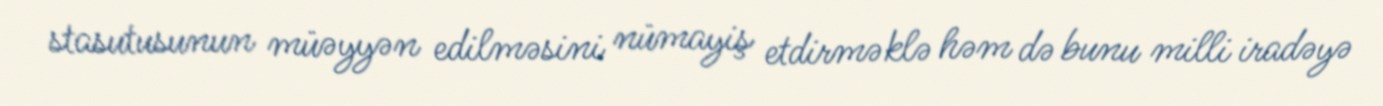
stasutusunun müəyyən edilməsini nümayiş etdirməklə həm də bunu milli iradəyə